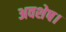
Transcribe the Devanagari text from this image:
अवशेष।